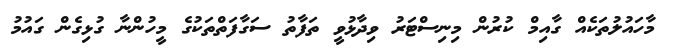
މާހައުލުތަކެއް ގާއިމް ކުރުން މިނިސްޓަރު ވިދާޅުވީ ތަފާތު ސަގާފަތްތަކުގެ މީހުންނާ ގުޅިގެން ގައުމު